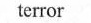
terror